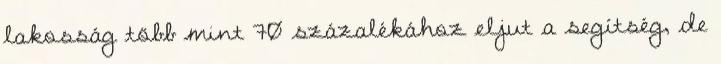
lakosság több mint 70 százalékához eljut a segítség, de